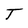
Character: T